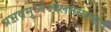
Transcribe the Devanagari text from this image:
प्रभवमूर्ध्वज्वलनस्वभावं